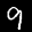
Label: 9